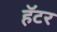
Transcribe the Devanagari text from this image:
हॅटर